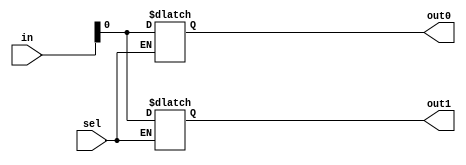
`timescale 1ns / 1ps
//////////////////////////////////////////////////////////////////////////////////
// Company: 
// Engineer: 
// 
// Design Name: 
// Module Name: demux
// Project Name: 
// Target Devices: 
// Tool Versions: 
// Description: 
// 
// Dependencies: 
// 
// Revision:
// Revision 0.01 - File Created
// Additional Comments:
// 
//////////////////////////////////////////////////////////////////////////////////


module demux(
    input [7:0] in,
    input sel,
    output reg out0,
    output reg out1
    );
    
    always @(*) begin
        if( sel == 0) 
            out0 = in;
        else if(sel == 1)
            out1 = in;
    end
    
    
endmodule